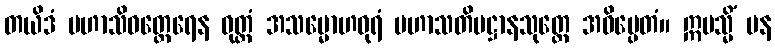
တယိဒံ မဟာသိဝတ္ထေရေန ဝုတ္တံ အသမ္မောဟဓုရံ မဟာသတိပဋ္ဌာနသုတ္တေ အဓိပ္ပေတံ။ ဣမသ္မိံ ပန